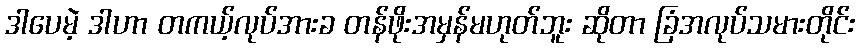
ဒါပေမဲ့ ဒါဟာ တကယ့်လုပ်အားခ တန်ဖိုးအမှန်မဟုတ်ဘူး ဆိုတာ ခြံအလုပ်သမားတိုင်း